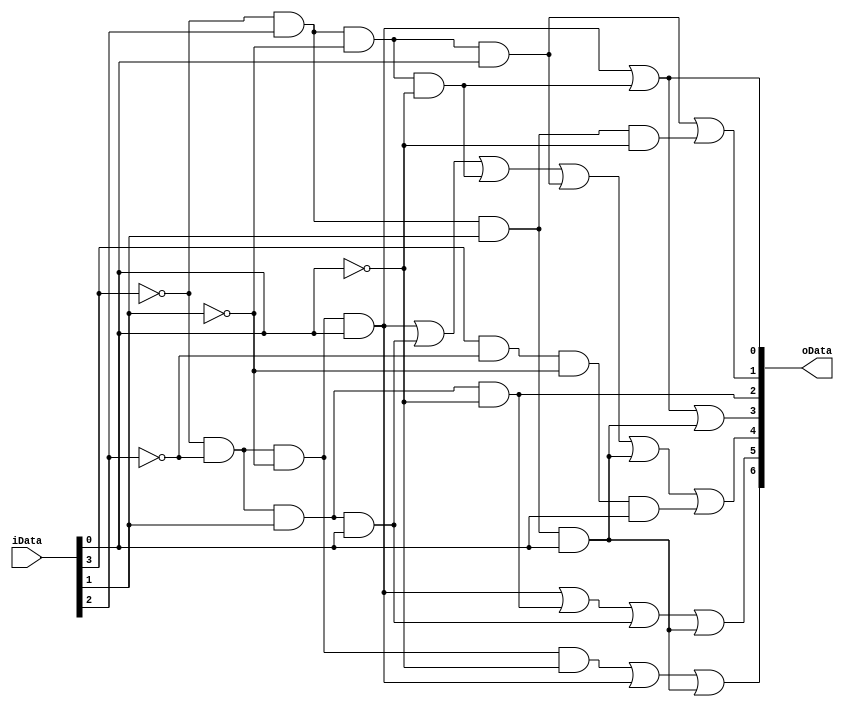
`timescale 1ns / 1ps
//////////////////////////////////////////////////////////////////////////////////
// Company: 
// Engineer: 
// 
// Design Name: 
// Module Name: display7
// Project Name: 
// Target Devices: 
// Tool Versions: 
// Description: 
// 
// Dependencies: 
// 
// Revision:
// Revision 0.01 - File Created
// Additional Comments:
// 
//////////////////////////////////////////////////////////////////////////////////


module display7(
    input [3:0] iData,
    output [6:0] oData
    );
    assign oData[6]=(~iData[3]&~iData[2]&~iData[1]&~iData[0])|(~iData[3]&~iData[2]&~iData[1]&iData[0])|(~iData[3]&iData[2]&iData[1]&iData[0]);
    assign oData[5]=(~iData[3]&~iData[2]&~iData[1]&iData[0])|(~iData[3]&~iData[2]&iData[1]&~iData[0])|(~iData[3]&~iData[2]&iData[1]&iData[0])|(~iData[3]&iData[2]&iData[1]&iData[0]);
    assign oData[4]=(~iData[3]&~iData[2]&~iData[1]&iData[0])|(~iData[3]&~iData[2]&iData[1]&iData[0])|(~iData[3]&iData[2]&~iData[1]&~iData[0])|(~iData[3]&iData[2]&~iData[1]&iData[0])|(~iData[3]&iData[2]&iData[1]&iData[0])|(iData[3]&~iData[2]&~iData[1]&iData[0]);
    assign oData[3]=(~iData[3]&~iData[2]&~iData[1]&iData[0])|(~iData[3]&iData[2]&~iData[1]&~iData[0])|(~iData[3]&iData[2]&iData[1]&iData[0]);
    assign oData[2]=~iData[3]&~iData[2]&iData[1]&~iData[0];
    assign oData[1]=(~iData[3]&iData[2]&~iData[1]&iData[0])|(~iData[3]&iData[2]&iData[1]&~iData[0]);
    assign oData[0]=(~iData[3]&~iData[2]&~iData[1]&iData[0])|(~iData[3]&iData[2]&~iData[1]&~iData[0]); 
endmodule